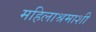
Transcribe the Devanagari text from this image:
महिलाश्रमाशी